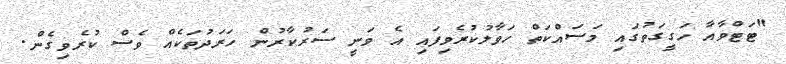
"ޓަޓްވާއާ ހަގީގަތުގައި މަސައްކަތް ހަވާލުކުރެވިފައި އެ ވަނީ ސަރުކާރުން ހަރަދުތަކެއް ވެސް ކުރެވިގެން.